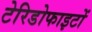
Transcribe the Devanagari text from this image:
टेरिडोफाइटों